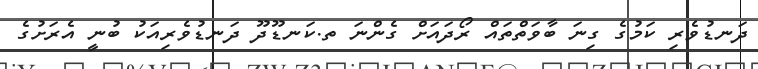
ދަނޑުވެރި ކަމުގެ ގިނަ ބާވަތްތައް ރޯދައަށް ގެންނަ ތ.ކަނޑޫދޫ ދަނޑުވެރިއަކު ބުނީ އެރަށުގެ